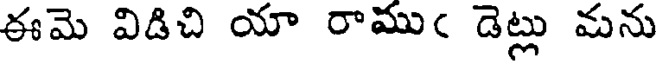
ఈమె విడిచి యా రాముఁ డెట్లు మను